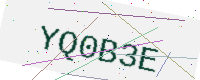
Text: YQ0B3E